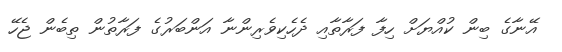
އޭނާގެ ބިން ކުއްޔަށް ހިފާ ފަރާތާއި ދެހެކިވެރިންނާ އަންބަރުގެ ފަރާތުން ތިބެން ޖެހޭ